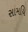
સામયિ